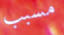
مسبب